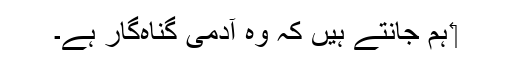
‏ ہم جانتے ہیں کہ وہ آدمی گُناہ‌گار ہے۔